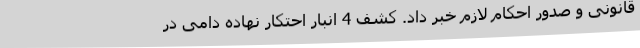
قانونی و صدور احکام لازم خبر داد. کشف 4 انبار احتکار نهاده دامی در